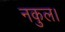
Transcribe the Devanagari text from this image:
नकुल।